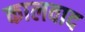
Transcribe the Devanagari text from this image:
कालवाद